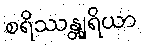
စရိဿန္တျရိယာ